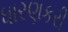
ધારણકરી